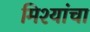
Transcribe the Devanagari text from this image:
मिश्यांचा